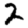
Digit: 2